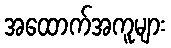
အထောက်အကူများ